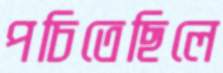
পচিতেছিলে